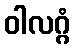
ဝါလဂ္ဂံ